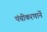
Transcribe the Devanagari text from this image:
पंचीकरणानें